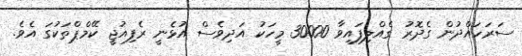
ސަރަހައްދުން ގެދޮރު ގެއްލިފައިވާ 30000 މީހަކު އަދިވެސް އުޅެނީ ރެފިއުޖީ ކޭމްޕްތަކުގަ އެވެ.